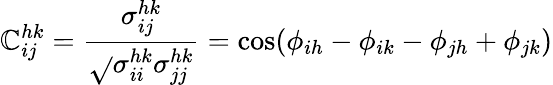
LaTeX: \mathbb{C}_{ij}^{hk}=\frac{{\sigma_{ij}^{hk}}}{{\sqrt{}{{\sigma_{ii}^{hk}\sigma_{jj}^{hk}}}}}=\cos(\phi_{ih}-\phi_{ik}-\phi_{jh}+\phi_{jk})